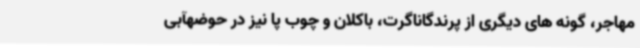
مهاجر، گونه های دیگری از پرندگاناگرت، باکلان و چوب پا نیز در حوضهآبی